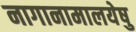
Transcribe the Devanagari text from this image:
नागानामालयेषु